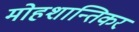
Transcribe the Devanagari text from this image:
मोहशान्तिकरं